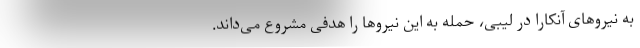
به نیروهای آنکارا در لیبی، حمله به این نیروها را هدفی مشروع می‌داند.